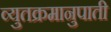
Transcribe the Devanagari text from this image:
व्युतक्रमानुपाती